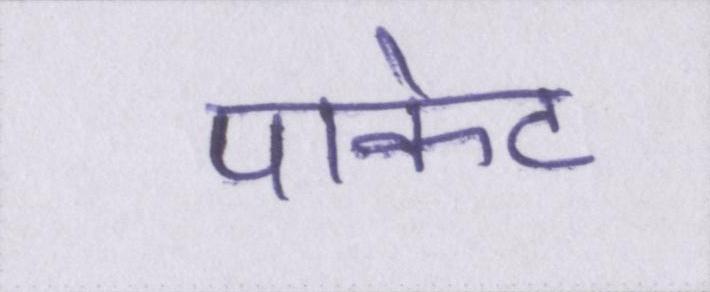
पाकेट